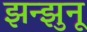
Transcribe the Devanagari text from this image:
झन्झुनू